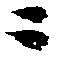
ニ